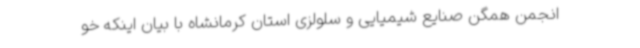
انجمن همگن صنایع شیمیایی و سلولزی استان کرمانشاه با بیان اینکه خو